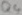
Text: Q4